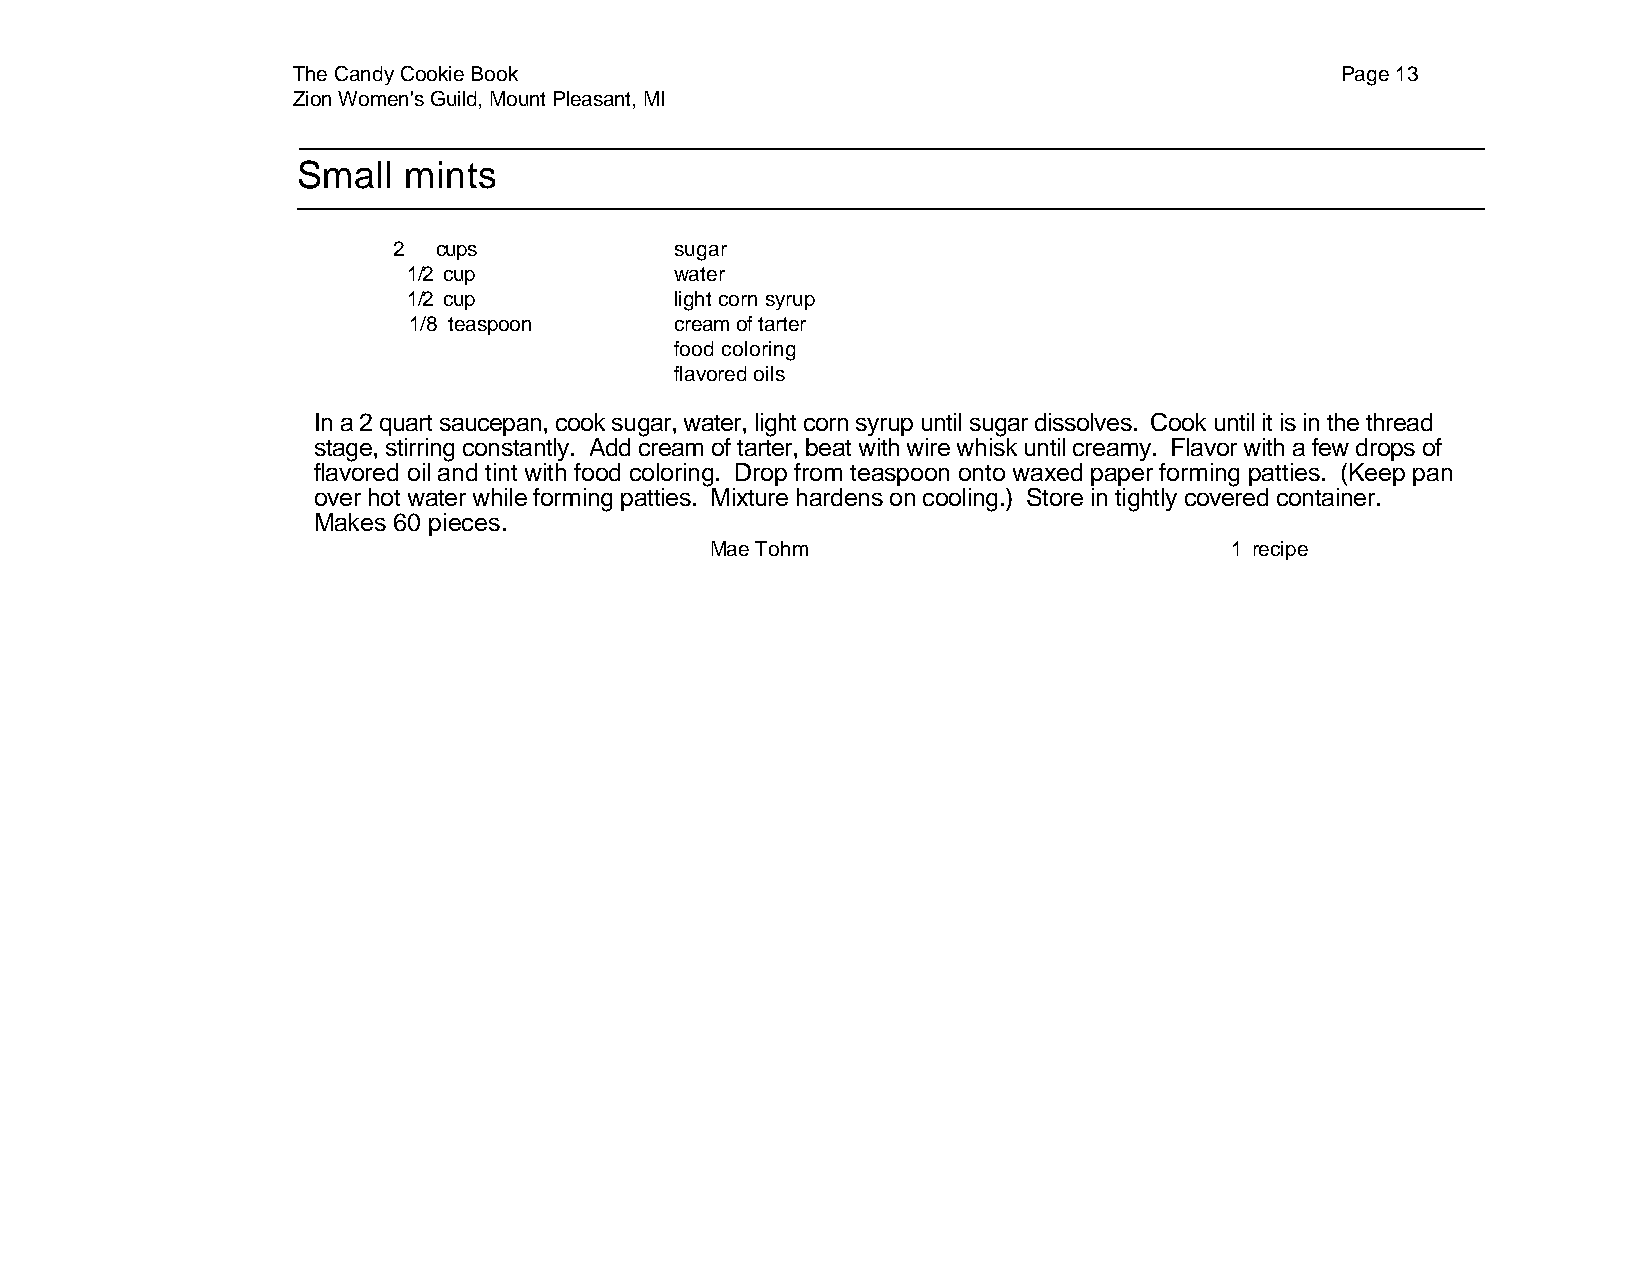
The Candy Cookie Book                                                 Page 13
 Zion Women's Guild, Mount Pleasant, MI
 Small  mints
 2  cups            sugar
 1/2 cup           water
 1/2 cup           light corn syrup
 1/8 teaspoon      cream of tarter
 food coloring
 flavored oils
 In a 2 quart saucepan, cook sugar, water, light corn syrup until sugar dissolves. Cook until it is in the thread
 stage, stirring constantly. Add cream of tarter, beat with wire whisk until creamy. Flavor with a few drops of
 flavored oil and tint with food coloring. Drop from teaspoon onto waxed paper forming patties. (Keep pan
 over hot water while forming patties. Mixture hardens on cooling.) Store in tightly covered container.
 Makes 60 pieces.
 Mae Tohm                          1 recipe